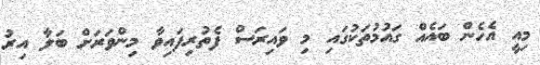
މިއީ އެހެން ބައެއް ގައުމުތަކުގައި މި ވައިރަސް ފެތުރިފައިވާ މިންވަރަށް ބަލާ އިރު